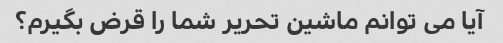
آیا می توانم ماشین تحریر شما را قرض بگیرم؟